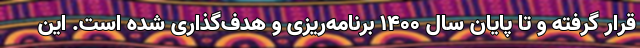
قرار گرفته و تا پایان سال ۱۴۰۰ برنامه‌ریزی و هدف‌گذاری شده است. این